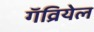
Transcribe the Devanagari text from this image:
गॅव्रियेल